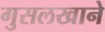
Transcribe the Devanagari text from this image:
गुसलखाने